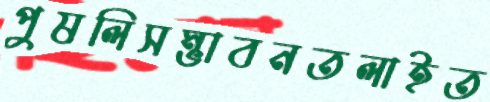
পুষলিসম্ভাবনতলাইত